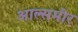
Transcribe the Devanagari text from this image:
आल्समीर